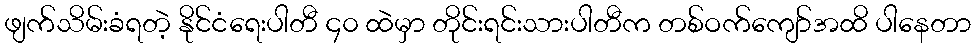
ဖျက်သိမ်းခံရတဲ့ နိုင်ငံရေးပါတီ ၄၀ ထဲမှာ တိုင်းရင်းသားပါတီက တစ်ဝက်ကျော်အထိ ပါနေတာ